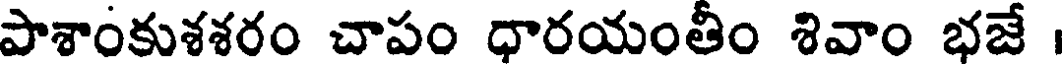
పాశాంకుశశరం చాపం ధారయంతీం శివాం భజే